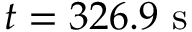
t = 3 2 6 . 9 ~ \mathrm { s }